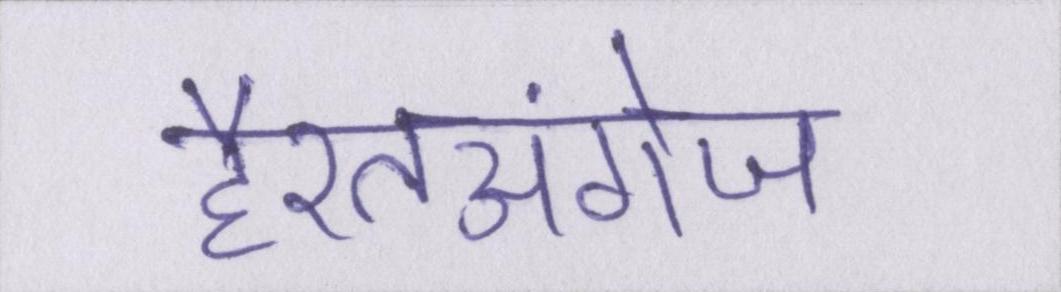
हैरतअंगेज